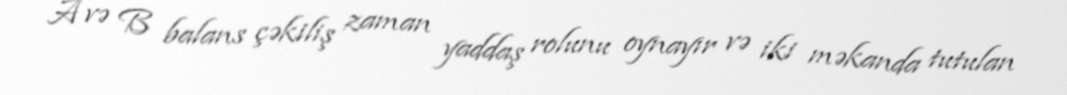
A və B balans çəkiliş zaman yaddaş rolunu oynayır və iki məkanda tutulan